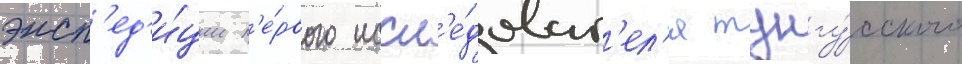
эксп'ед'и́ции п'е́рвого иссл'е́доват'ел'я тунгу́сского